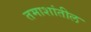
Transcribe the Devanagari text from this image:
तमाशांतील